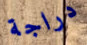
دراجة